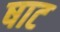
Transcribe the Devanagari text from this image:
षाट